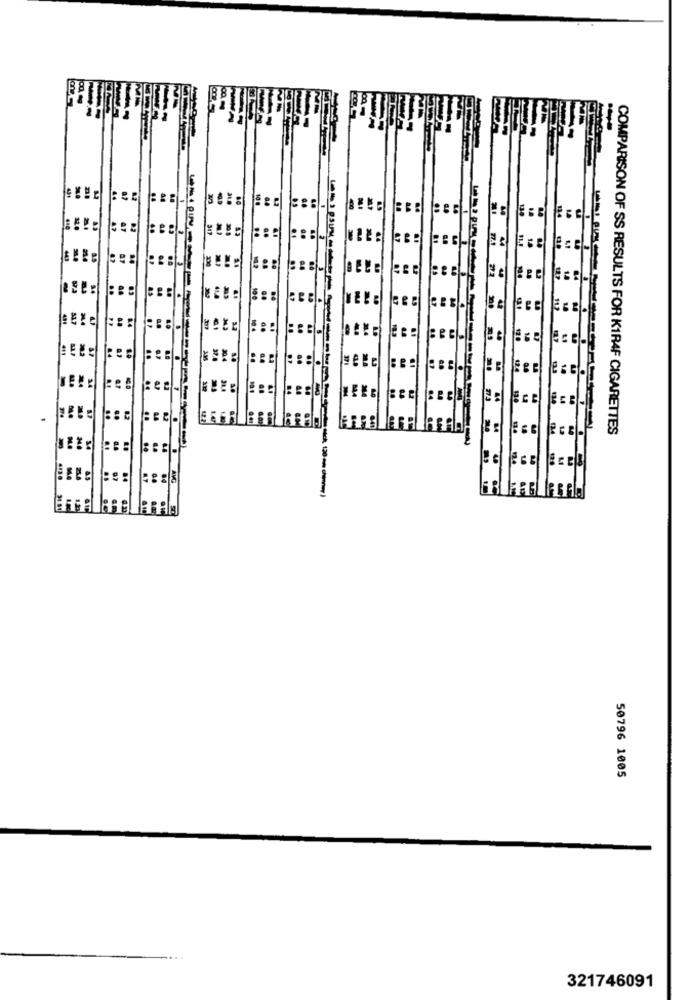
51.3
COMPARISON OF SS RESULTS FOR KIR4F CIGARETTES
50796 1005
321746091